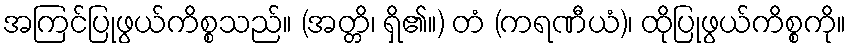
အကြင်ပြုဖွယ်ကိစ္စသည်။ (အတ္တိ၊ ရှိ၏။) တံ (ကရဏီယံ)၊ ထိုပြုဖွယ်ကိစ္စကို။